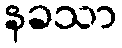
နခသာ